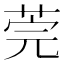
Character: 莞